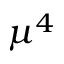
\mu ^ { 4 }